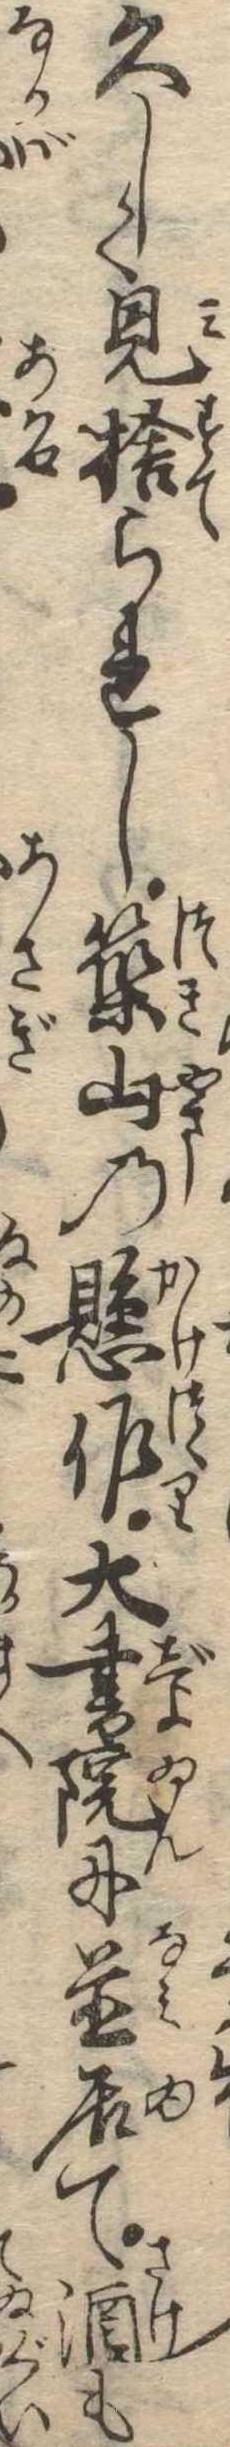
久しく見捨られし築山の懸作大書院に並居て酒も